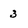
Character: 3